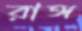
রাঙ্গ